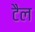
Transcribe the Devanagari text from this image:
टैल